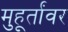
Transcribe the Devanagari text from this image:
मुहूर्तांवर